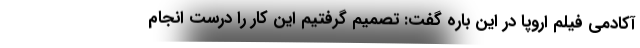
آکادمی فیلم اروپا در این باره گفت: تصمیم گرفتیم این کار را درست انجام